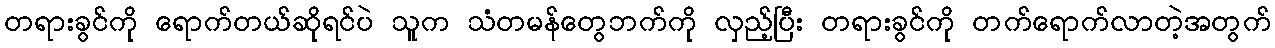
တရားခွင်ကို ရောက်တယ်ဆိုရင်ပဲ သူက သံတမန်တွေဘက်ကို လှည့်ပြီး တရားခွင်ကို တက်ရောက်လာတဲ့အတွက်